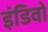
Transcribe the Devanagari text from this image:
इंडिवो